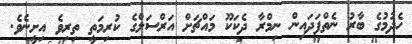
ހެދުމުގެ ބާރު ނެތްފަދައިން ނިމްރާ ދެކަކޫ މައްޗަށް އަރްސަލްގެ ކުރިމަތީ ތިރިވެ އިށީނެވެ.